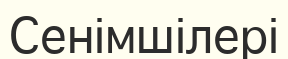
Сенімшілері